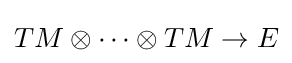
TM\otimes \cdots \otimes TM\to E